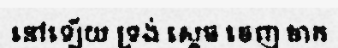
នៅឡើយ ទ្រង់ ស្តេច ចេញ ចាក